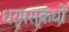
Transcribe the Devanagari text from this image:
धर्मस्कंधों